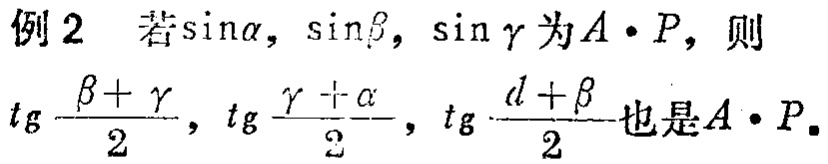
例2 若\(\sin\alpha,\sin\beta,\sin\gamma\)为\(A\cdot P\)，则

\(tg\frac{\beta + \gamma}{2},tg\frac{\gamma + \alpha}{2},tg\frac{\alpha+\beta}{2}\)也是\(A\cdot P\)。